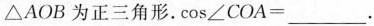
△AOB为正三角形。$$\cos ∠ C O A = ___$$。